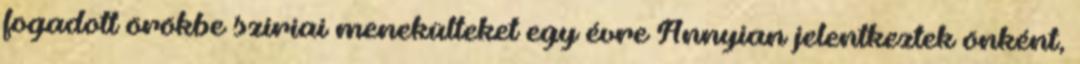
fogadott örökbe szíriai menekülteket egy évre Annyian jelentkeztek önként,